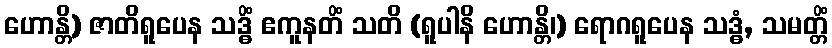
ဟောန္တိ) ဇာတိရူပေန သဒ္ဓိံ ဧကူနတိံ သတိ (ရူပါနိ ဟောန္တိ၊) ရောဂရူပေန သဒ္ဓံ, သမတ္တိံ